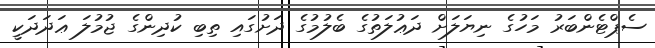
ސެޕްޓެންބަރު މަހުގެ ނިޔަލަށް ދަޢުލަތުގެ ބެލުމުގެ ދަށުގައި ތިބި ކުދިންގެ ޖުމުލަ ޢަދަދަކީ